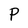
Character: P